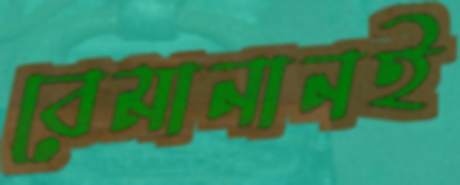
বেমানানই